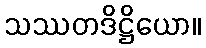
သဿတဒိဋ္ဌိယော။